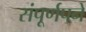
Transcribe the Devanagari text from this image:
संपूर्णपने